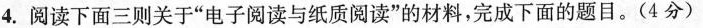
4.阅读下面三则关于”电子阅读与纸质阅读”的材料，完成下面的题目。(4分)